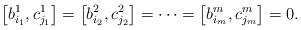
LaTeX: \begin{align*}\left[ b_{i_{1}}^{1},c_{j_{1}}^{1}\right] =\left[ b_{i_{2}}^{2},c_{j_{2}}^{2}\right] =\cdots=\left[ b_{i_{m}}^{m},c_{j_{m}}^{m}\right] =0.\end{align*}